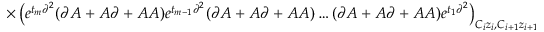
\times \left( e ^ { t _ { m } \partial ^ { 2 } } ( \partial A + A \partial + A A ) e ^ { t _ { m - 1 } \partial ^ { 2 } } ( \partial A + A \partial + A A ) \ldots ( \partial A + A \partial + A A ) e ^ { t _ { 1 } \partial ^ { 2 } } \right) _ { C _ { i } z _ { i } , C _ { i + 1 } z _ { i + 1 } }